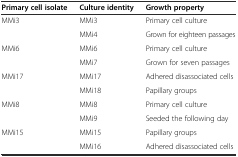
<table><thead><tr><td><b>Primary cell isolate</b></td><td><b>Culture identity</b></td><td><b>Growth property</b></td></tr></thead><tbody><tr><td>MMi3</td><td>MMi3</td><td>Primary cell culture</td></tr><tr><td></td><td>MMi4</td><td>Grown for eighteen passages</td></tr><tr><td>MMi6</td><td>MMi6</td><td>Primary cell culture</td></tr><tr><td></td><td>MMi7</td><td>Grown for seven passages</td></tr><tr><td>MMi17</td><td>MMi17</td><td>Adhered disassociated cells</td></tr><tr><td></td><td>MMi18</td><td>Papillary groups</td></tr><tr><td>MMi8</td><td>MMi8</td><td>Primary cell culture</td></tr><tr><td></td><td>MMi9</td><td>Seeded the following day</td></tr><tr><td>MMi15</td><td>MMi15</td><td>Papillary groups</td></tr><tr><td></td><td>MMi16</td><td>Adhered disassociated cells</td></tr></tbody></table>